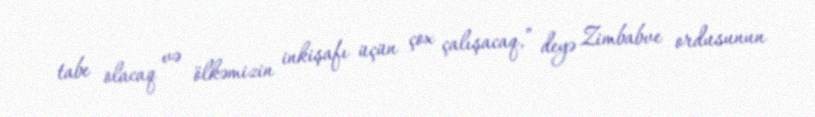
tabe olacaq və ölkəmizin inkişafı üçün çox çalışacaq,” deyə Zimbabve ordusunun